Lunatic asylums Madras 1892-1911 - 1892-1911
Year: 1892
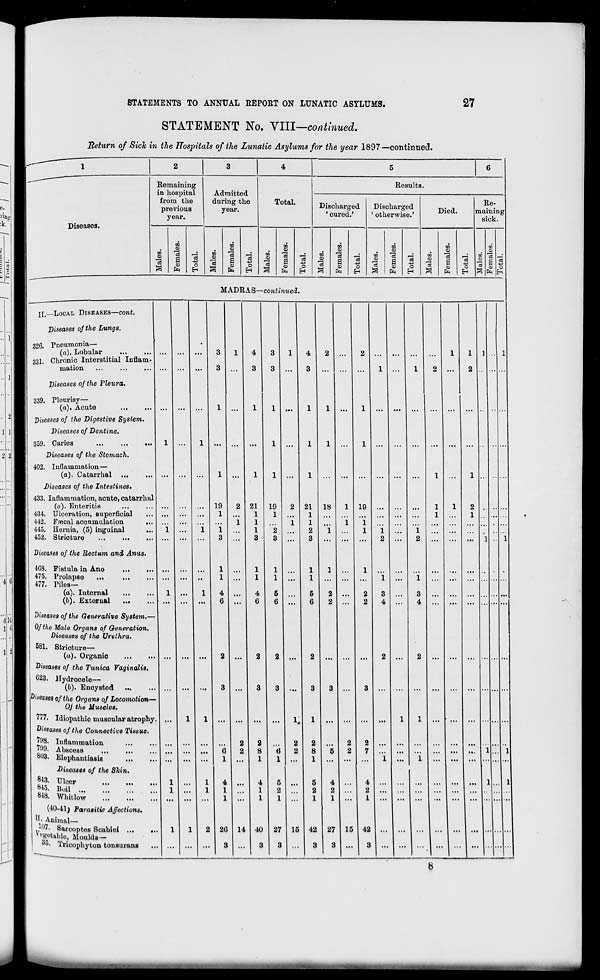
STATEMENTS TO ANNUAL REPORT ON LUNATIC ASYLUMS.
27
STATEMENT No. VIII—continued.
Heturn of Sich in the Hospitals of the Lunatic Asylums for the year 1897—continued.
4
Diseases.
Remaining
in hospital
from the
previous
year.
Admitted
during the
year.
03
to
<0
•a
a
ft
O
oo
o
3
CO
o
a
Q
ft
Total.
o
H
DO
"a
O
a
o
ft
o
H
Results.
Discharged
' cured.'
m
CB
CD
o
o
ft
Cfl
O
Discharged
' otherwise.'
oo
3
m
"3
a 3
ft
o
H
Died.
Re-
maining
sick.
00
3
3
DO
a>
"3
a
ft
o
H
ft
o
MADRAS—continued.
II.—LOCAL DISEASES—cont.
Diseases of the Lungs.
326. Pneumonia—
(a). Lohular
331. Chronic Interstitial Inflam-
mation
Diseases of the Pleura.
339. Pleurisy—
(a). Acute
...
diseases of the Digestive System.
Diseases of Dentine.
359. Caries
...
Diseases of the Stomach.
402. Inflammation—
(a). Catarrhal ...
...
Diseases of the Intestines,
433. Inflammation, acnte, catarrhal
(u). Enteritis
434. Ulceration, superficial
442. Fmcal aconmulation
...
445. Hernia, (5) inguinal
...
452. Stricture
...
...
Diseases of the Rectum and Anus.
4G8. Fistula in Ano
...
.
475. Prolapse
477. Tiles—
(a). Internal
(//). External
Diseases of the Generative System.-
Of the Male Organs of Generation.
Diseases of the Urethra.
581. Strioture—
(a). Organic
Diseases of the Tunica Vaginalis.
G23. Hydrocele—
(b). Enoystod
leases of the Organs of Locomotion—
OJ the Muscles.
777. Idiopathio muscular atrophy.
Diseases of the Connective Tissue.
798. Inflammation
799. Abscess
...
&03. Elephantiasis
Diseases of the Shin.
5*8- Ulcer
°^3. Boil ..
W8. Whitlow
'.'.'.
'.'.'.
'.'.',
(10-41; Parasitic Affections.
H. Animal—
'07. Sarcoptes Scabiei
N Bgetabie, Moulds—
Wi Tricophyton tonsurana
..
19
1
1
3
2G
3
21
1
1
1
3
1
1
4
0
14
4
3
19
1
2
3
21
1
1
2
3
2
8
1
40
3
27
3
15 42
3
18
"i
27
3
19
"i
1
15 42
3
3
4
1
2